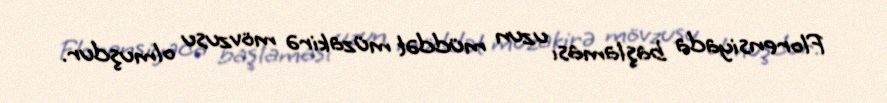
Florensiyada başlaması uzun müddət müzakirə mövzusu olmuşdur.